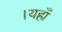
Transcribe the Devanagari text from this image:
।यहाँ